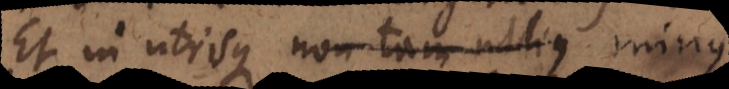
Et in utrisque non tam ullius